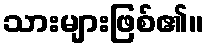
သားများဖြစ်၏။